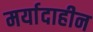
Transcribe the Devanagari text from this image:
मर्यादाहीन